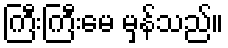
ကြီးကြီးမေ မှန်သည်။